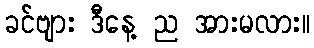
ခင်ဗျား ဒီနေ့ ည အားမလား။